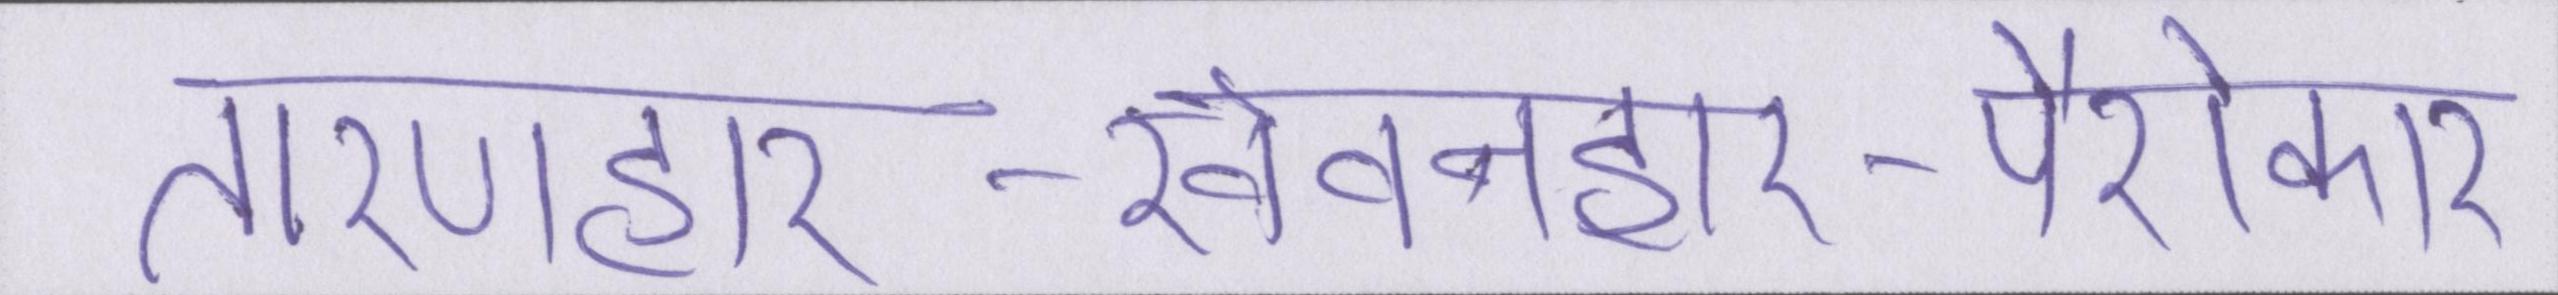
तारणहार-खेवनहार-पैरोकार